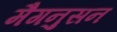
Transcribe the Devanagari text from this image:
मैगनुसन